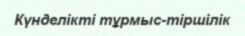
Күнделікті тұрмыс-тіршілік